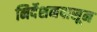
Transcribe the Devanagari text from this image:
निर्देशनपासून